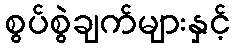
စွပ်စွဲချက်များနှင့်